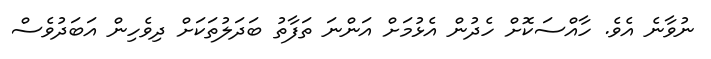
ނުވާނެ އެވެ. ހާއްސަކޮށް ހެދުން އެޅުމަށް އަންނަ ތަފާތު ބަދަލުތަކަށް ދިވެހިން އަބަދުވެސް